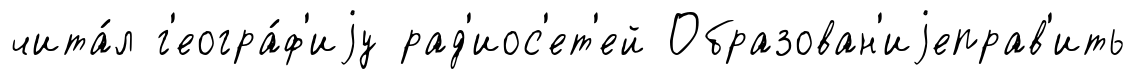
чита́л г'еогра́ф'иjу рад'иос'ет'ей Образован'иjеправ'ить